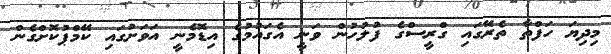
މިދިޔަ ހަފްތާ ތެރޭގައި ގްރީސްގެ ފުލުހުން ވަނީ އެގައުމުގެ އިޑޮމެނީ އަަވަށުގައި ކޭމްޕުކޮށްގެން